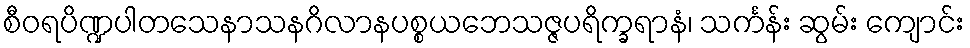
စီဝရပိဏ္ဍပါတသေနာသနဂိလာနပစ္စယဘေသဇ္ဇပရိက္ခရာနံ၊ သင်္ကန်း ဆွမ်း ကျောင်း